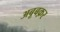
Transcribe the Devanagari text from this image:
अबूबक़र